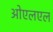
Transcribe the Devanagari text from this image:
ओएलएल